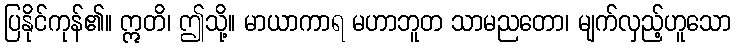
ပြနိုင်ကုန်၏။ ဣတိ၊ ဤသို့။ မာယာကာရ မဟာဘူတ သာမညတော၊ မျက်လှည့်ဟူသော